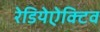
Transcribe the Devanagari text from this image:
रेडियेऐक्टिव